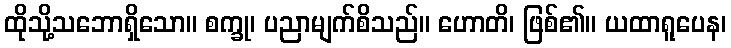
ထိုသို့သဘောရှိသော။ စက္ခု၊ ပညာမျက်စိသည်။ ဟောတိ၊ ဖြစ်၏။ ယထာရူပေန၊